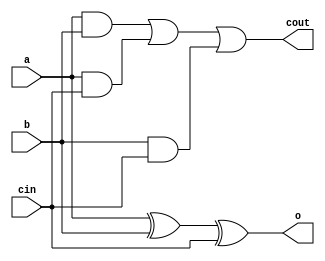
`timescale 1ns / 1ps
//////////////////////////////////////////////////////////////////////////////////
// 
// Design Name: 
// Module Name:    project2_m 
// Project Name: 
// Target Devices: 
// Tool versions: 
// Description: 
//
// Dependencies: 
//
// Revision: 
// Revision 0.01 - File Created
// Additional Comments: 
//
//////////////////////////////////////////////////////////////////////////////////
module single_bit_full_adder(
	input a,
	input b,
	input cin,
	output o,
	output cout
	);
	
	wire w_carry0, w_carry1, w_carry2;
	
	//check to see if this bit overflows
	and (w_carry0, a, b);
	and (w_carry1, a, cin);
	and (w_carry2, b, cin);
	
	//if the bit overflows, send a 1 on carry out
	or (cout, w_carry0, w_carry1, w_carry2);
	
	//add the three bits together
	xor(o, a, b, cin);
endmodule

module adder(
	input [3:0] a,
	input [3:0] b,
	output [3:0] out,
	output overflow
	);

	wire first_carry;
	single_bit_full_adder adder0(a[0], b[0], 1'b0, out[0], first_carry);
	
	wire second_carry;
	single_bit_full_adder adder1(a[1], b[1], first_carry, out[1], second_carry);
	
	wire third_carry;
	single_bit_full_adder adder2(a[2], b[2], second_carry, out[2], third_carry);
	
	single_bit_full_adder adder3(a[3], b[3], third_carry, out[3], overflow);
endmodule

module display_converter(
	input [3:0] in,
	input over_in,
	output [6:0] lcd,
	output over_out
	);
		
	//prep the inversions
	wire [3:0] nots;
	not(nots[3], in[3]);
	not(nots[2], in[2]);
	not(nots[1], in[1]);
	not(nots[0], in[0]);
	
	//each of these is a minterm in the boolean equations
	//they are reused across lcd segments, so we'll
	//define them for reuse
	wire one, two, three, four, five, six, seven, eight, nine, zero;
	and(one, nots[3], nots[2], nots[1], in[0]);
	and(two, nots[3], nots[2], in[1], nots[0]);
	and(three, nots[3], nots[2], in[1], in[0]);
	and(four, nots[3], in[2], nots[1], nots[0]);
	and(five, nots[3], in[2], nots[1], in[0]);
	and(six, nots[3], in[2], in[1], nots[0]);
	and(seven, nots[3], in[2], in[1], in[0]);
	and(eight, in[3], nots[2], nots[1], nots[0]);
	and(nine, in[3], nots[2], nots[1], in[0]);
	and(zero, nots[3], nots[2], nots[1], nots[0]);
	
	//each segment can be defined as a series of numbers
	//that turn it on
	or(lcd[0], two, three, five, six, seven, eight, nine, zero);
	or(lcd[1], one, two, three, four, seven, eight, nine, zero);
	or(lcd[2], one, three, four, five, six, seven, eight, nine, zero);
	or(lcd[3], two, three, five, six, eight, zero);
	or(lcd[4], two, six, eight, zero);
	or(lcd[5], four, five, six, eight, nine, zero);
	or(lcd[6], two, three, four, five, six, eight, nine);
	
	//numbers 10-15 produce overflow
	//defined by: w(x+y)
	wire four_or_two_bit;
	or(four_or_two_bit, x, y);
	and(over_out, in[3], four_or_two_bit);
	
endmodule

module project2_m(
    input [3:0] a,
    input [3:0] b,
    input s,
    output [6:0] lcd,
	output lcd_o
	);
	
	wire [3:0] real_a;
	
	//if we want to subtract, we must invert the a inputs
	xor(real_a[0], a[0], s);
	xor(real_a[1], a[1], s);
	xor(real_a[2], a[2], s);
	xor(real_a[3], a[3], s);
	
	wire [3:0] result;
	wire overflow;
	
	adder add(real_a, b, result, overflow);
	
	//if we want to subtract, we must also invert the output
	wire [3:0] final;
	xor(final[0], result[0], s);
	xor(final[1], result[1], s);
	xor(final[2], result[2], s);
	xor(final[3], result[3], s);
	
	display_converter display(final, overflow, lcd, lcd_o);
	
endmodule